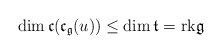
\begin{align*}\dim\mathfrak{c}(\mathfrak{c}_\mathfrak{g}(u))\leq\dim\mathfrak{t}=\mathrm{rk}\mathfrak{g}\end{align*}